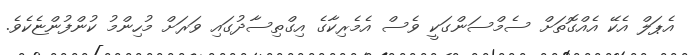
އެޕަލް އެކޭ އެއްގޮތަށް ސެމްސަންގަކީ ވެސް އެމެރިކާގެ އިގްތިސާދުގައި ވަރަށް މުހިންމު ކުންފުންޏެކެވެ.